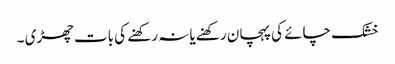
خشک چائے کی پہچان رکھنے یا نہ رکھنے کی بات چھڑی ۔